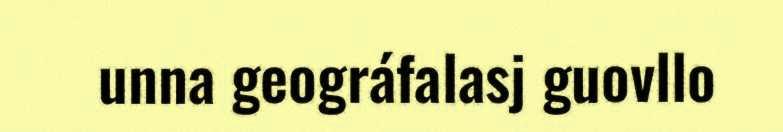
unna geográfalasj guovllo